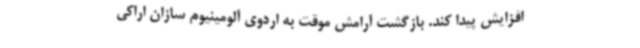
افزایش پیدا کند. بازگشت آرامش موقت به اردوی آلومینیوم سازان اراکی